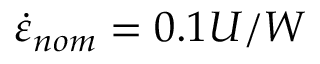
\dot { \varepsilon } _ { n o m } = 0 . 1 U / W